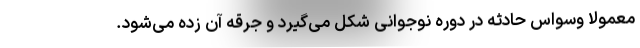
معمولا وسواس حادثه در دوره نوجوانی شکل می‌گیرد و جرقه آن زده می‌شود.